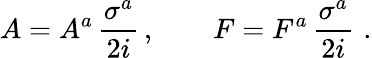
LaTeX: A=A^{a}\, \frac{\sigma^{a}}{2i}\, ,\qquad F=F^{a}\, \frac{\sigma^{a}}{2i}\, \, .